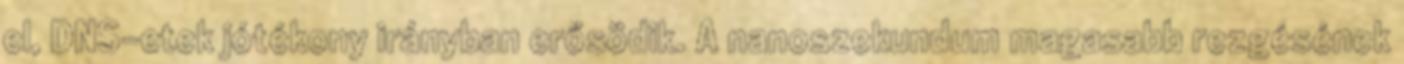
el, DNS-etek jótékony irányban erősödik. A nanoszekundum magasabb rezgésének